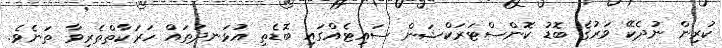
ކުރިން ނުދެކޭ ވަރުގެ ބޮޑު ކޮންސްޓަރަކްޝަން ސައިޓެއްގައި ބޮޑެތި އުޅަނދުތައް ހަރަކާތްތެރިވާ ތަނެވެ.